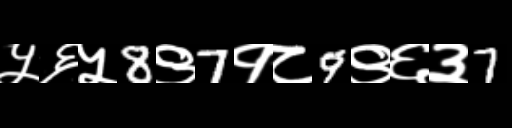
Text: ५६५8९7१८9९६३7